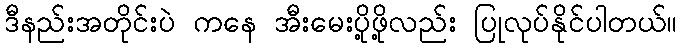
ဒီနည်းအတိုင်းပဲ ကနေ အီးမေးပို့ဖို့လည်း ပြုလုပ်နိုင်ပါတယ်။